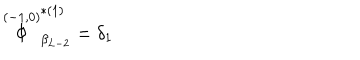
\stackrel { ( - 1 , 0 ) } { \Phi } _ { \beta _ { L - 2 } } ^ { * ( 1 ) } = \delta _ { 1 }